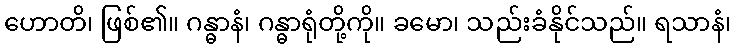
ဟောတိ၊ ဖြစ်၏။ ဂန္ဓာနံ၊ ဂန္ဓာရုံတို့ကို။ ခမော၊ သည်းခံနိုင်သည်။ ရသာနံ၊